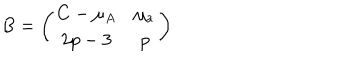
B = \left( \begin{matrix} { { C - \mu _ { A } } } & { { \mu _ { a } } } \\ { { 2 p - 3 } } & { { p } } \\ \end{matrix} \right)